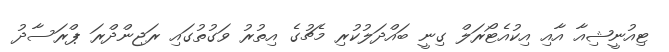
ޓިއުނީޝިއާ އާއި އިކުއެޓޯރަލް ގިނީ ބައްދަލުކުރި މެޗުގެ އިތުރު ވަގުތުގައި ރަޖިންދްރަ ޕްރަސާދު